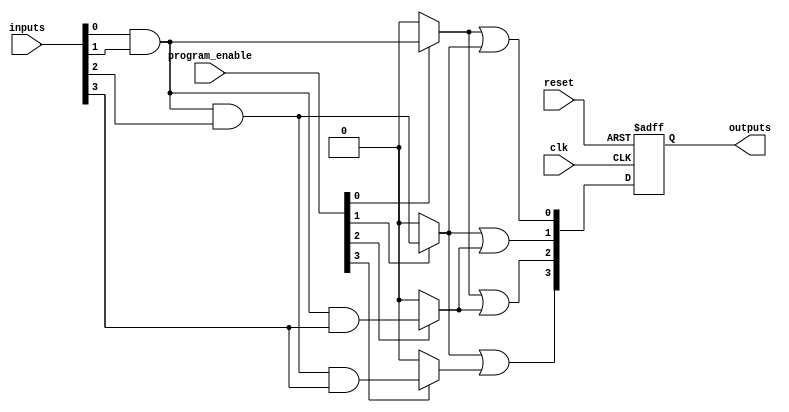
module RPAL #(
    parameter NUM_INPUTS = 8,
    parameter NUM_OUTPUTS = 4,
    parameter NUM_AND_TERMS = 4
)(
    input wire [NUM_INPUTS-1:0] inputs,           // Input signals
    input wire clk,                                 // Clock signal
    input wire reset,                               // Asynchronous reset
    input wire [NUM_AND_TERMS-1:0] program_enable, // Control signals for AND terms
    output reg [NUM_OUTPUTS-1:0] outputs          // Registered outputs
);

// Internal wire for AND terms
wire [NUM_AND_TERMS-1:0] and_terms;

// Programmable AND plane
genvar i, j;
generate
    for (i = 0; i < NUM_AND_TERMS; i = i + 1) begin : and_plane
        assign and_terms[i] = (program_enable[i]) ? 
            (inputs[0] & inputs[1] & (i[0] ? inputs[2] : 1'b1) & (i[1] ? inputs[3] : 1'b1) & 
             (i[2] ? inputs[4] : 1'b1) & (i[3] ? inputs[5] : 1'b1) & 
             (i[4] ? inputs[6] : 1'b1) & (i[5] ? inputs[7] : 1'b1)) : 1'b0;
    end
endgenerate

// OR plane
wire [NUM_OUTPUTS-1:0] or_terms;
assign or_terms[0] = and_terms[0] | and_terms[1];
assign or_terms[1] = and_terms[1] | and_terms[2];
assign or_terms[2] = and_terms[0] | and_terms[2];
assign or_terms[3] = and_terms[1] | and_terms[3];

// Flip-flops for registered outputs
always @(posedge clk or posedge reset) begin
    if (reset) begin
        outputs <= {NUM_OUTPUTS{1'b0}}; // Asynchronous reset
    end else begin
        outputs <= or_terms; // Latch outputs on clock edge
    end
end

endmodule